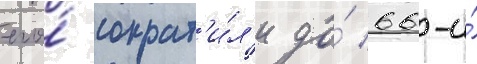
его́ сократ'и́л'и до́ 66-и́